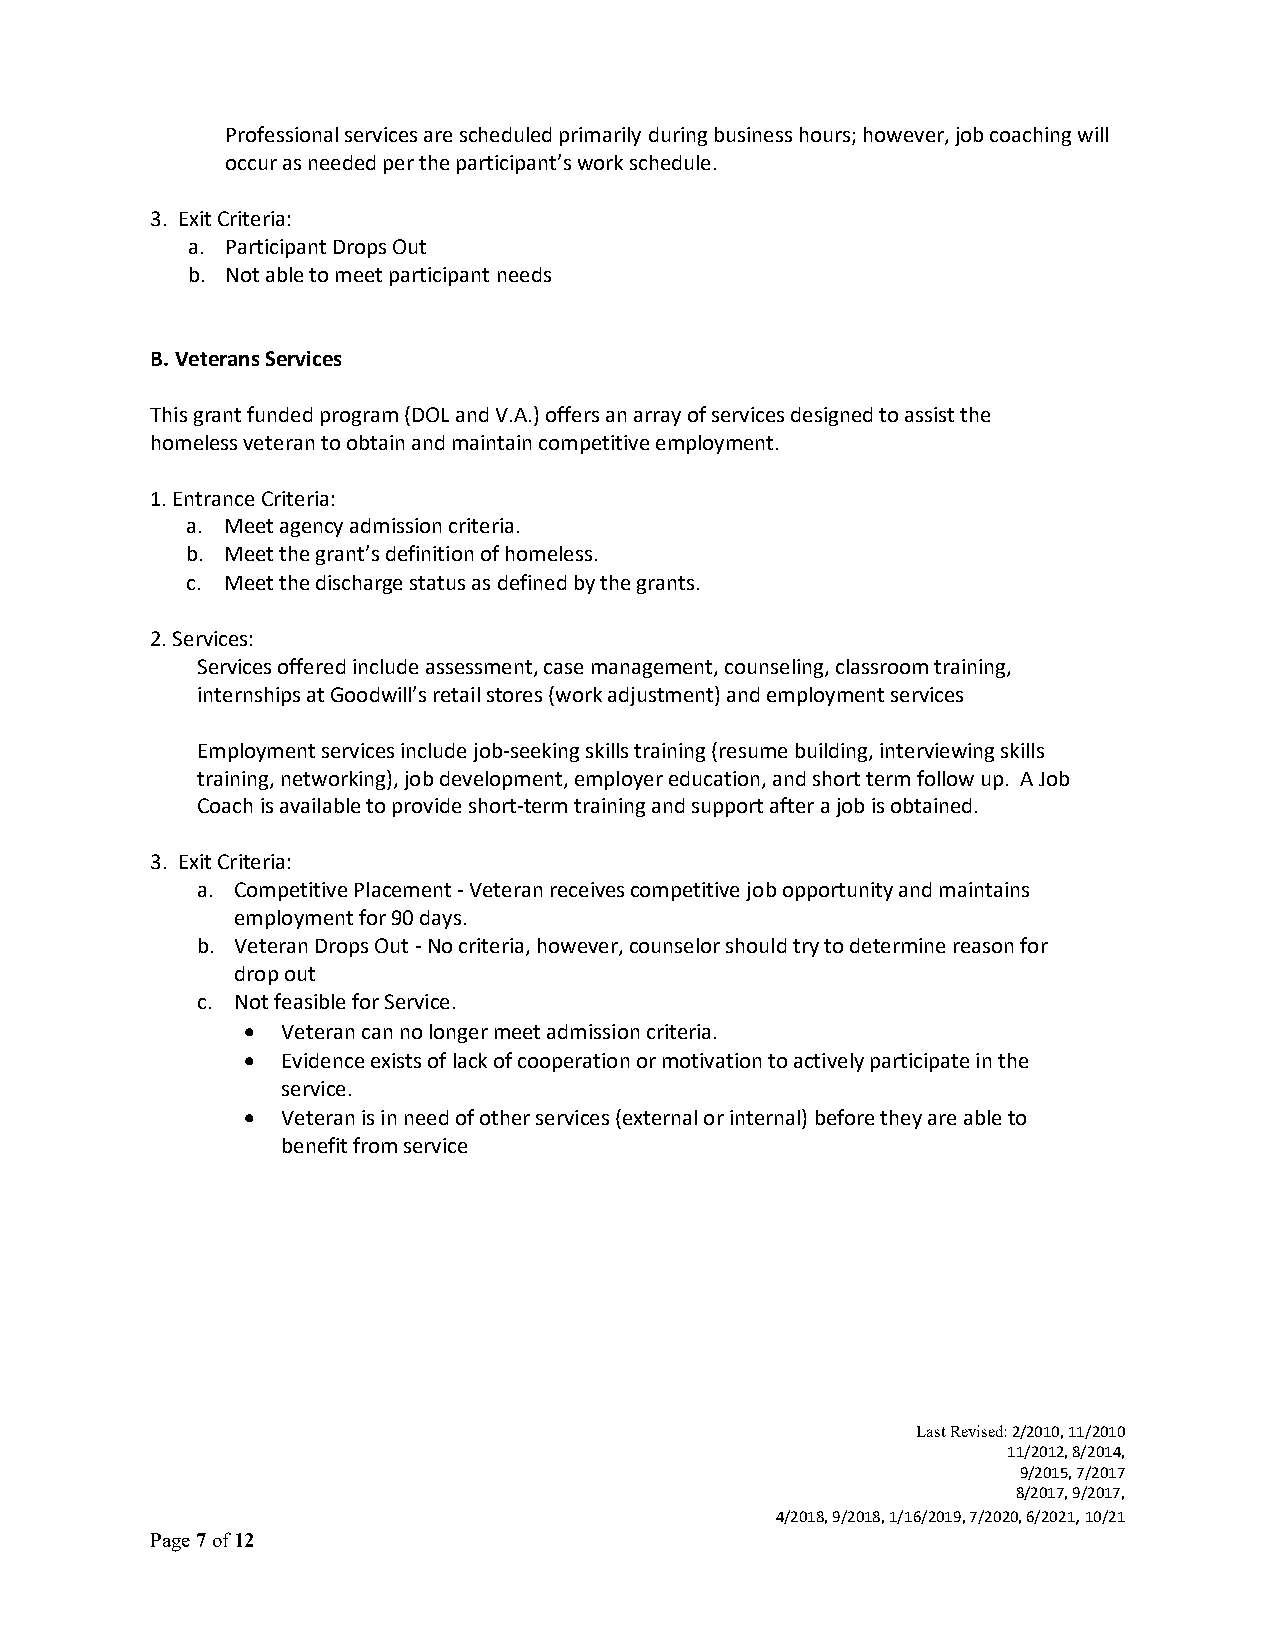
Professional services are scheduled primarily during business hours; however, job coaching will
 occur as needed per the participant’s work schedule.
 3. Exit Criteria:
 a. Participant Drops Out
 b. Not able to meet participant needs
 B. Veterans Services
 This grant funded program (DOL and V.A.) offers an array of services designed to assist the
 homeless veteran to obtain and maintain competitive employment.
 1. Entrance Criteria:
 a. Meet agency admission criteria.
 b. Meet the grant’s definition of homeless.
 c. Meet the discharge status as defined by the grants.
 2. Services:
 Services offered include assessment, case management, counseling, classroom training,
 internships at Goodwill’s retail stores (work adjustment) and employment services
 Employment services include job-seeking skills training (resume building, interviewing skills
 training, networking), job development, employer education, and short term follow up. A Job
 Coach is available to provide short-term training and support after a job is obtained.
 3. Exit Criteria:
 a. Competitive Placement - Veteran receives competitive job opportunity and maintains
 employment for 90 days.
 b. Veteran Drops Out - No criteria, however, counselor should try to determine reason for
 drop out
 c. Not feasible for Service.
 •  Veteran can no longer meet admission criteria.
 •  Evidence exists of lack of cooperation or motivation to actively participate in the
 service.
 •  Veteran is in need of other services (external or internal) before they are able to
 benefit from service
 Last Revised: 2/2010, 11/2010
 11/2012, 8/2014,
 9/2015, 7/2017
 8/2017, 9/2017,
 4/2018, 9/2018, 1/16/2019, 7/2020, 6/2021, 10/21
 Page 7 of 12